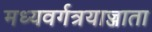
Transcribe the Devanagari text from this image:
मध्यवर्गत्रयाज्जाता